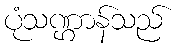
ပုံသဏ္ဌာန်သည်